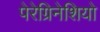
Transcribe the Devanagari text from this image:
पेरेग्रिनेशियो